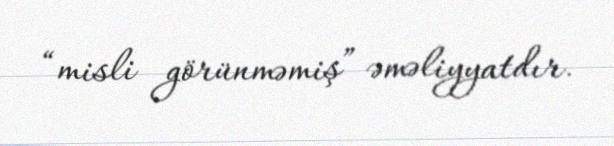
“misli görünməmiş” əməliyyatdır.